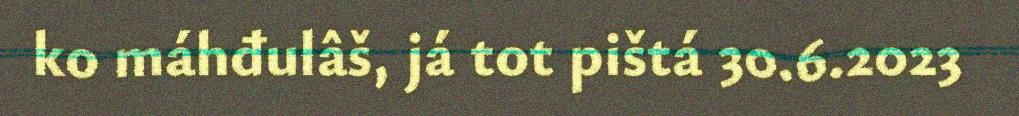
ko máhđulâš, já tot pištá 30.6.2023